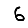
Digit: 6